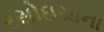
રસોઇયાના